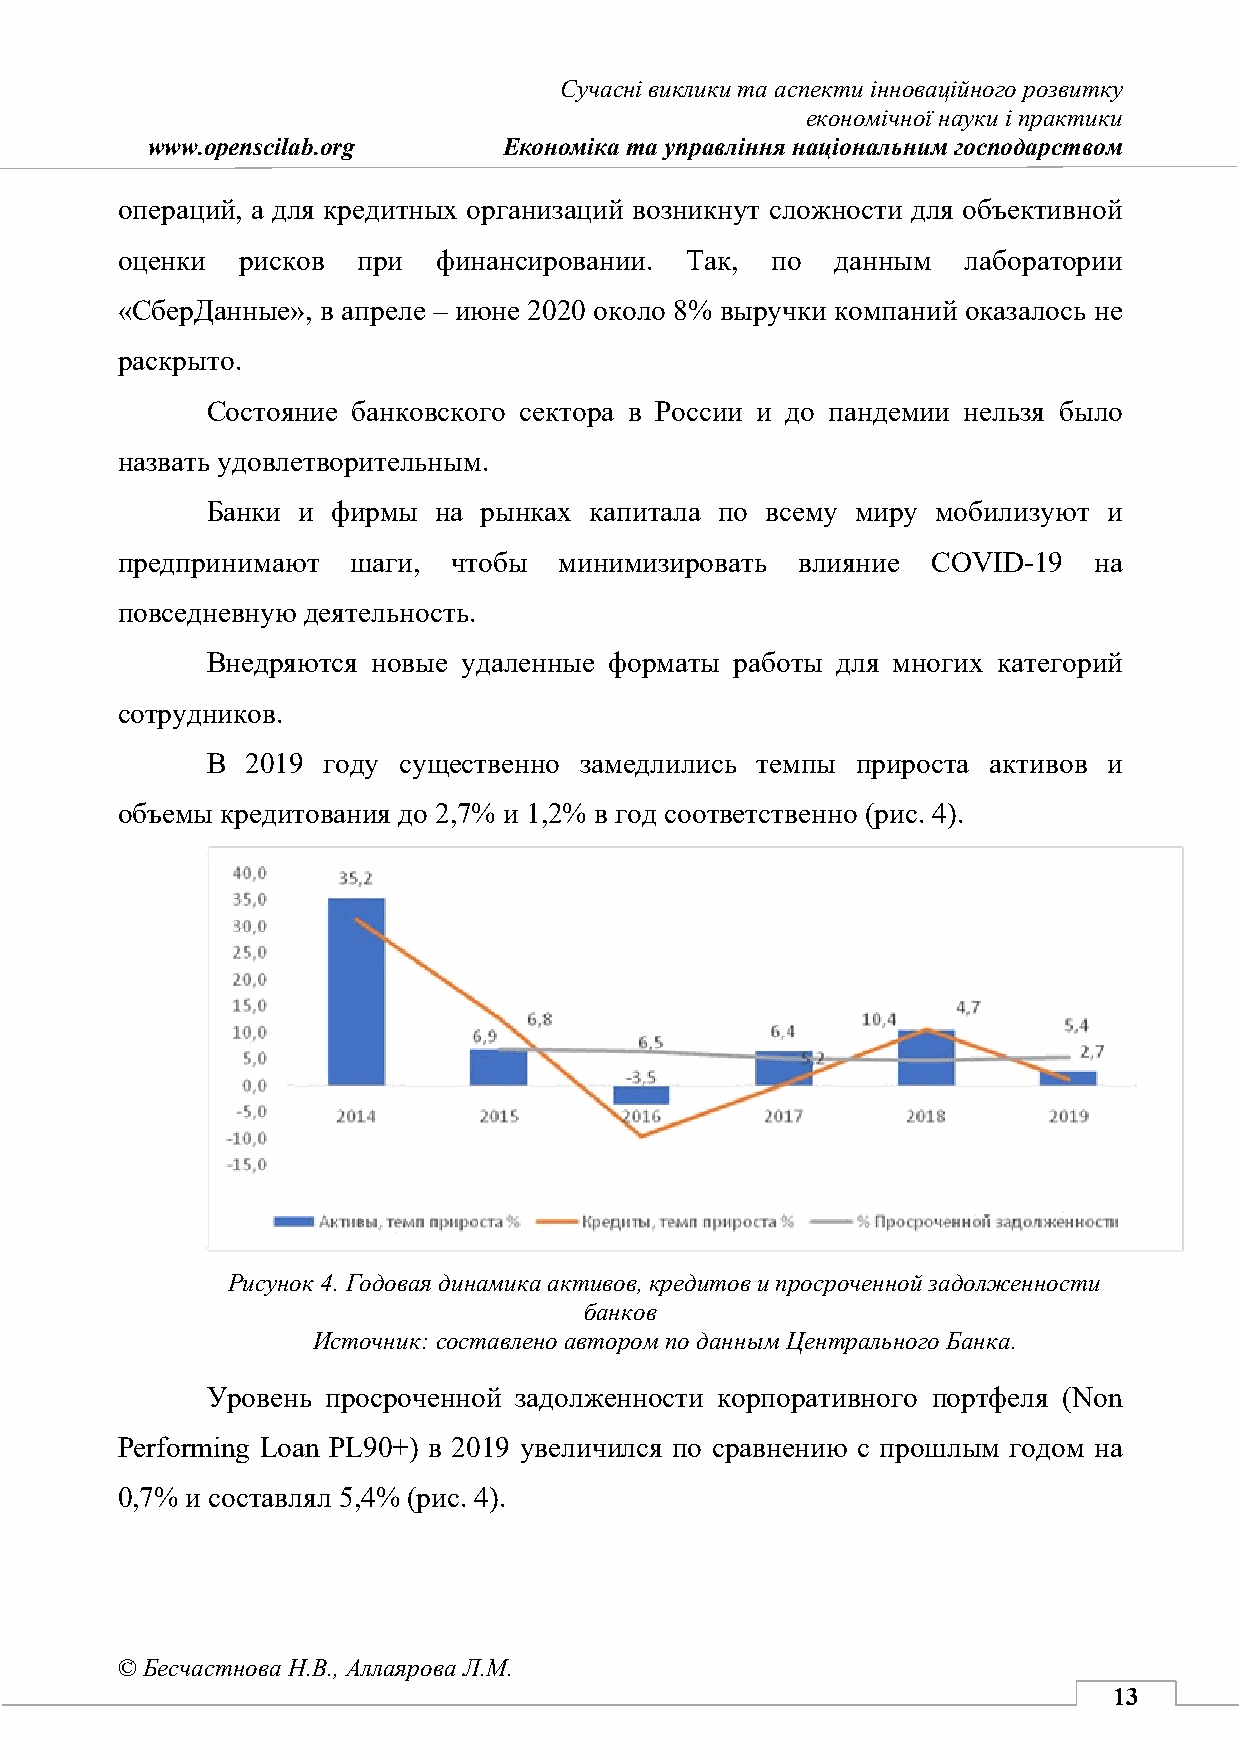
Сучасні виклики та аспекти інноваційного розвитку
 економічної науки і практики
 www.openscilab.org     Економіка та управління національним господарством
 операций, а для кредитных организаций возникнут сложности для объективной
 оценки  рисков  при  финансировании. Так,  по  данным   лаборатории
 «СберДанные», в апреле – июне 2020 около 8% выручки компаний оказалось не
 раскрыто.
 Состояние банковского сектора в России и до пандемии нельзя было
 назвать удовлетворительным.
 Банки и фирмы  на рынках капитала по всему миру мобилизуют и
 предпринимают  шаги,  чтобы  минимизировать  влияние  COVID-19  на
 повседневную деятельность.
 Внедряются новые удаленные форматы работы для многих категорий
 сотрудников.
 В 2019 году существенно замедлились темпы  прироста активов и
 объемы кредитования до 2,7% и 1,2% в год соответственно (рис. 4).
 Рисунок 4. Годовая динамика активов, кредитов и просроченной задолженности
 банков
 Источник: составлено автором по данным Центрального Банка.
 Уровень просроченной задолженности корпоративного портфеля (Non
 Performing Loan PL90+) в 2019 увеличился по сравнению с прошлым годом на
 0,7% и составлял 5,4% (рис. 4).
 © Бесчастнова Н.В., Аллаярова Л.М.
 13